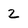
Character: 2